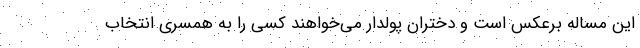
این مساله برعکس است و دختران پولدار می‌خواهند کسی را به همسری انتخاب